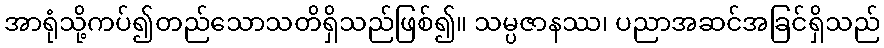
အာရုံသို့ကပ်၍တည်သောသတိရှိသည်ဖြစ်၍။ သမ္ပဇာနဿ၊ ပညာအဆင်အခြင်ရှိသည်